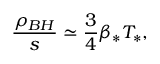
\frac { \rho _ { B H } } { s } \simeq \frac { 3 } { 4 } \beta _ { * } T _ { * } ,